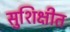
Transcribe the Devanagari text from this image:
सुशिक्षीत